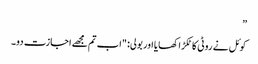
”
کوئل نے روٹی کا ٹکڑا کھایا اور بولی: "اب تم مجھے اجازت دو۔